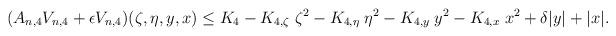
LaTeX: \begin{align*}(A_{n,4} V_{n,4} + \epsilon V_{n,4})(\zeta, \eta,y,x) \leq K_4- K_{4,\zeta} \; \zeta^2- K_{4,\eta} \; \eta^2- K_{4,y} \; y^2 - K_{4,x} \; x^2 + \delta |y| + |x|. \end{align*}